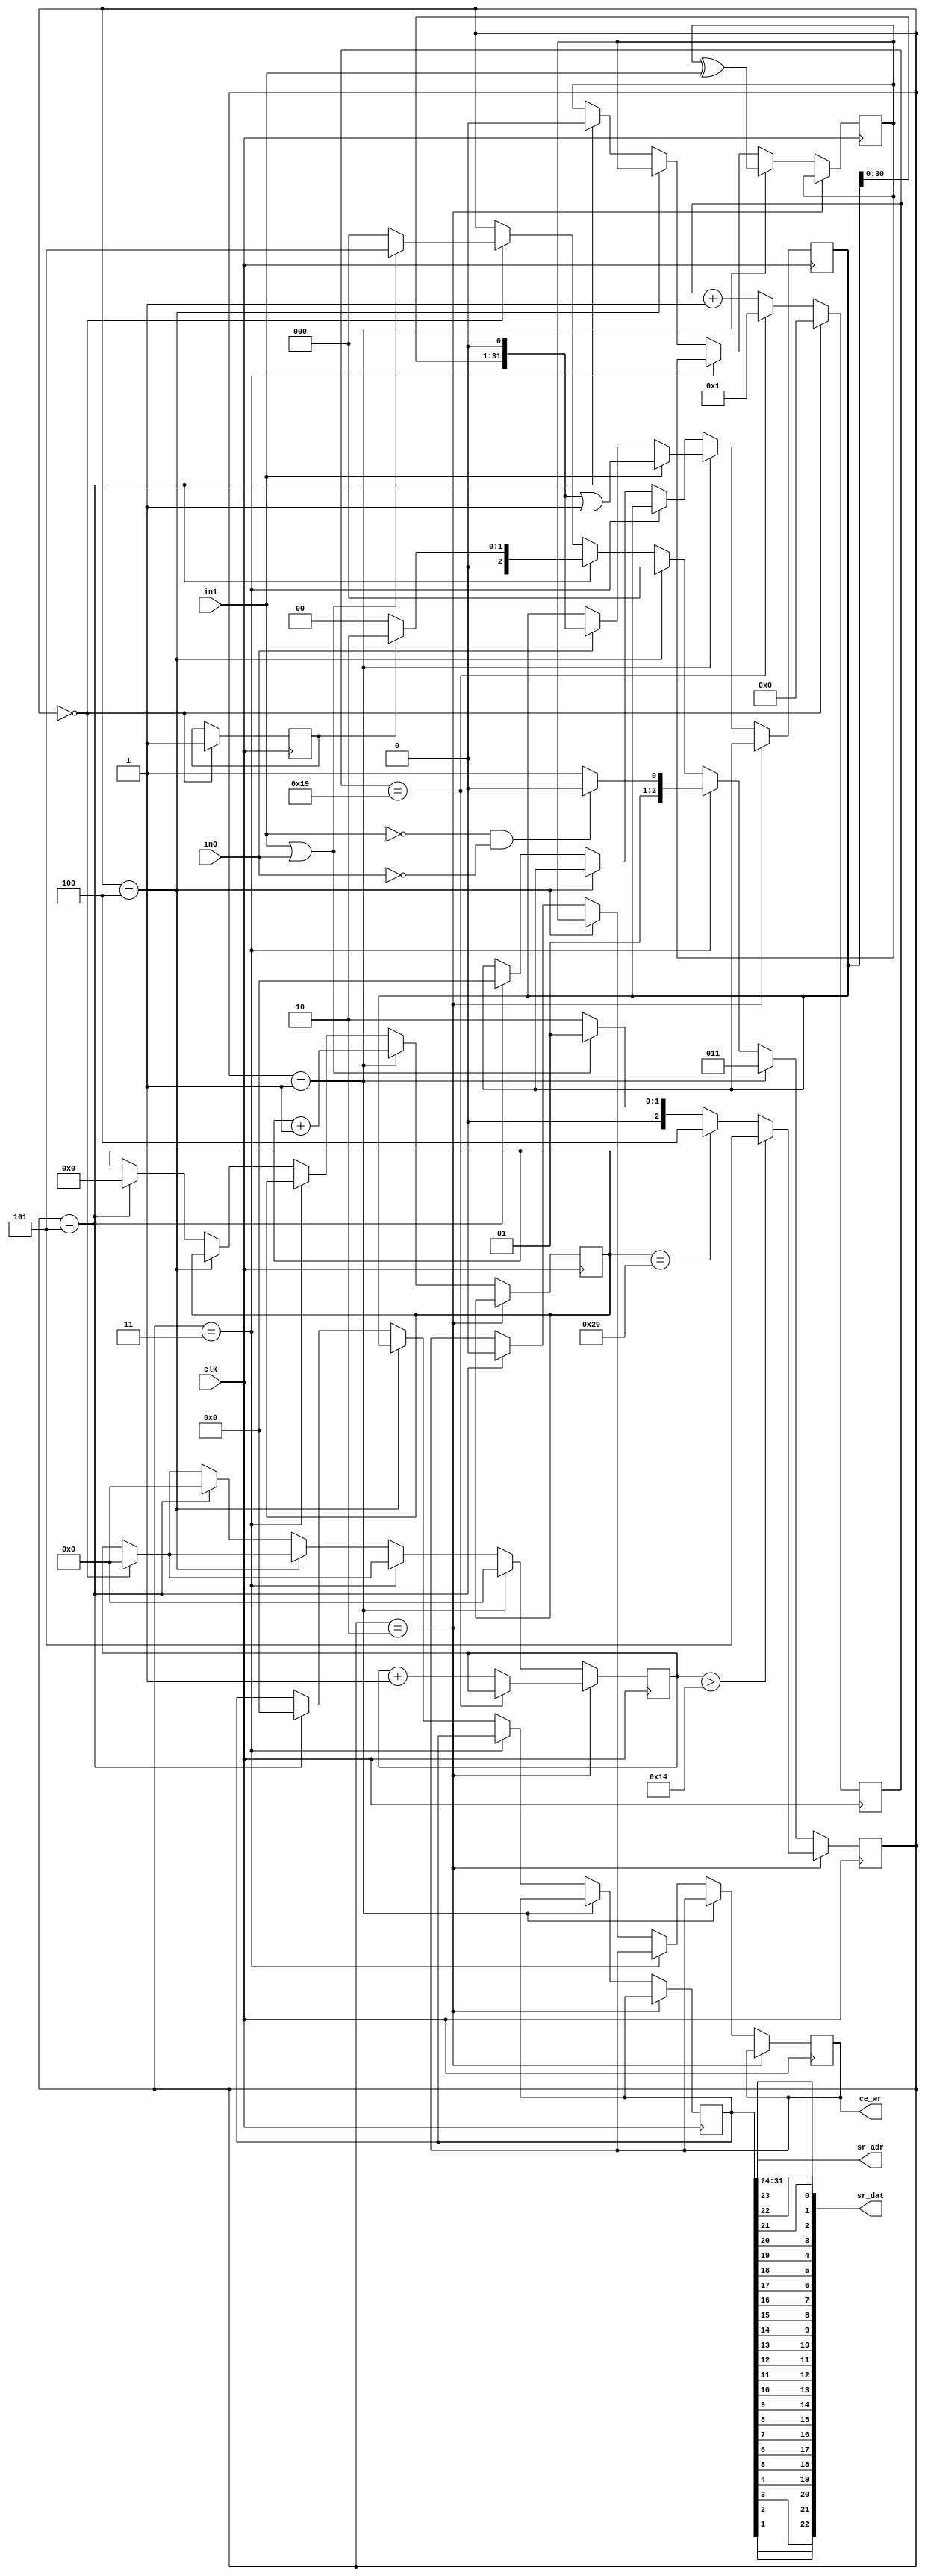
module AR_RXD_2(
	input clk, 
	input	wire in1, //  1
	input wire in0, //  0
	output [7:0] sr_adr, 
	output [22:0]sr_dat,
	output wire ce_wr);

reg [31:0] tmp_buf = 32'd0;
reg [31:0] out_buf = 32'd0;
assign sr_adr = out_buf [31:24];
genvar i;
generate
for (i = 0; i <= 22 ; i = i + 1) 
begin: data_loop
	assign sr_dat[i] = out_buf [23 - i];
end
endgenerate
assign par_bit = out_buf [0];

reg [1:0] Nvel = 3;

parameter Fclk = 50000000 ; //50 MHz
parameter V1Mb = 1000000 ; // 1000 kb/s
parameter V100kb = 100000 ; // 100 kb/s
parameter V50kb = 50000 ; // 50 kb/s
parameter V12_5kb = 12500 ; // 12.5 kb/s

wire [10:0]AR_Nt = (Nvel [1:0] == 3)? (Fclk / (2 * V1Mb)) : //1000.000 kb/s
						 (Nvel [1:0] == 2)? (Fclk / (2 * V100kb)) : // 100.000 kb/s
					    (Nvel [1:0] == 1)? (Fclk / (2 * V50kb)) : // 50.000 kb/s
						 (Fclk / (2 * V12_5kb)); // 12.500 kb/s

reg [10:0] cb_tce = 0; //  
wire ce_tact = (cb_tce == AR_Nt); // Tce_tact=1/(2*VEL)

parameter WaitNextData = 0;
parameter RecData = 1;
parameter WaitPos = 2;
parameter WaitNeg = 3;
parameter Done = 4;
parameter Clear = 5;
reg [2:0] cur_state = WaitNextData;
reg clr_before_next = 0;

reg act_par_bit = 0;
reg ok_check = 0;
assign ce_wr = ok_check;
reg [5:0] rec_bit_num = 0;
parameter MaxTimeOut = 20;
reg [3:0] time_out = 0;

always @(posedge clk)
begin
	if (cur_state == WaitNextData) 
	begin
		cur_state <= (in1 | in0) ? Clear : WaitNextData;
		clr_before_next <= 1;
		cb_tce <= 0;
		time_out <= 0;
	end
	else 
	begin
		cb_tce <= (ce_tact) ? 1 : cb_tce + 1;
	end
	
	if (cur_state == WaitPos)
	begin
		time_out <= ce_tact ? time_out : time_out + 1;
		cur_state <= (time_out > MaxTimeOut) ? Clear : (rec_bit_num == 32) ? Done : (in1 | in0) ? RecData : WaitPos;
	end
	else if (cur_state == RecData)
	begin
		tmp_buf <= in1 ? (tmp_buf << 1 | 1) : in0 ? (tmp_buf << 1) : tmp_buf;
		act_par_bit <= act_par_bit ^ in1;
		rec_bit_num <= rec_bit_num + 1;
		time_out <= 0;
		cur_state <= WaitNeg;
	end
	else if (cur_state ==  WaitNeg)
	begin 
		cur_state <= (!in1 & !in0) ? WaitPos : WaitNeg;
	end
	else if (cur_state ==  Done)
	begin
		out_buf <= tmp_buf;
		ok_check <= act_par_bit;
		cur_state <= WaitNextData;
	end
	else if (cur_state == Clear)
	begin
		tmp_buf <= 0;
		out_buf <= 0;
		act_par_bit <= 0;
		ok_check <= 0;
		rec_bit_num <= 0;
		time_out <= 0;
		cur_state <= clr_before_next ? WaitPos : WaitNextData;
	end
end

endmodule